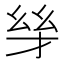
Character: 𪪋